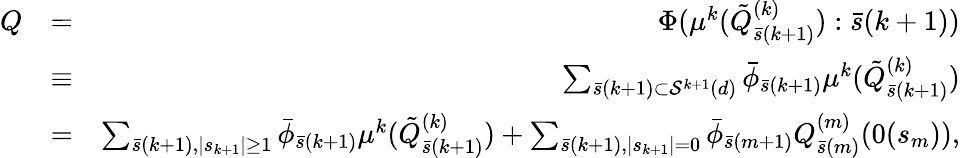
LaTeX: \begin{array}{rlr}{Q}&{=}&{\Phi(\mu^{k}(\tilde{Q}_{\bar{s}(k+1)}^{(k)}):\bar{s}(k+1))}\\ &{\equiv}&{\sum_{\bar{s}(k+1)\subset{\cal S}^{k+1}(d)}\bar{\phi}_{\bar{s}(k+1)}\mu^{k}(\tilde{Q}_{\bar{s}(k+1)}^{(k)})}\\ &{=}&{\sum_{\bar{s}(k+1),\mid s_{k+1}\mid\geq 1}\bar{\phi}_{\bar{s}(k+1)}\mu^{k}(\tilde{Q}_{\bar{s}(k+1)}^{(k)})+\sum_{\bar{s}(k+1),\mid s_{k+1}\mid=0}\bar{\phi}_{\bar{s}(m+1)}Q_{\bar{s}(m)}^{(m)}(0(s_{m})),}\end{array}